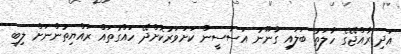
އަދި ރާއްޖޭގެ ހާލަތު ބަލައި ގާނޫނު އަސާސީން ކަށަވަރުކޮށްދޭ ހައްގުތައް ރައްޔިތުންނަށް ލިބި